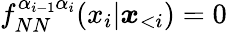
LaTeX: f_{NN}^{\alpha_{i-1}\alpha_{i}}(x_{i}|\boldsymbol x_{<i})=0